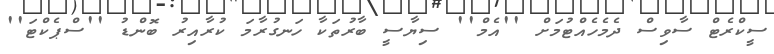
ސީކްރެޓް ސާވިސް ދެމެހެއްޓުމަށް ''އެމް'' ސިޔާސީ ބާރުތަކާ ހަނގުރާމަ ކުރާއިރު ބޮންޑު ''ސްޕެކްޓަ''